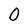
Character: 0